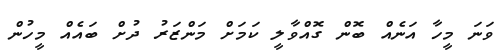
ވަނަ މީހާ އަނެއް ބޮން ގޮއްވާލީ ކަމަށް މަންޒަރު ދުށް ބައެއް މީހުން